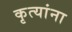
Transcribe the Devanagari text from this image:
कृत्यांना